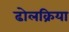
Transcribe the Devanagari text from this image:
ढोलक्रिया